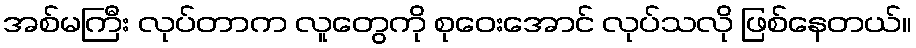
အစ်မကြီး လုပ်တာက လူတွေကို စုဝေးအောင် လုပ်သလို ဖြစ်နေတယ်။